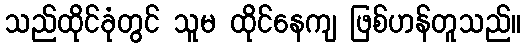
သည်ထိုင်ခုံတွင် သူမ ထိုင်နေကျ ဖြစ်ဟန်တူသည်။